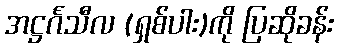
အဋ္ဌင်္ဂသီလ (ရှစ်ပါး)ကို ပြဆိုခန်း